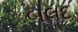
બલદ